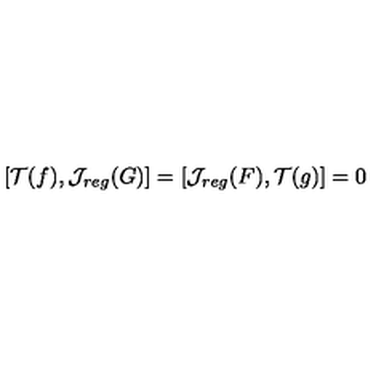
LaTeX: [ { \cal T } ( f ) , { \cal J } _ { r e g } ( G ) ] = [ { \cal J } _ { r e g } ( F ) , { \cal T } ( g ) ] = 0